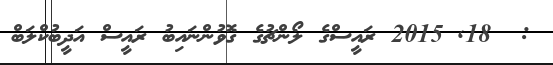
:  18